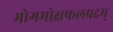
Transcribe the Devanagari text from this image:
भोगमोक्षफलप्रदम्